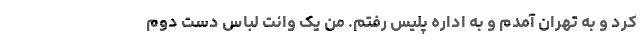
کرد و به تهران آمدم و به اداره پلیس رفتم. من یک وانت لباس دست دوم